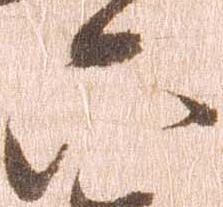
六